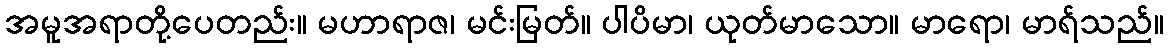
အမူအရာတို့ပေတည်း။ မဟာရာဇ၊ မင်းမြတ်။ ပါပိမာ၊ ယုတ်မာသော။ မာရော၊ မာရ်သည်။